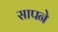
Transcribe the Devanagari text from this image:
सापने